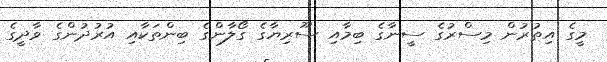
މީގެ އިތުރުން މިސްރުގެ ސީނާގެ ބިމާއި ސޫރިޔާގެ ގޯލާންގެ ބިންތަކާއި އުރުދުންގެ ވާދީގެ